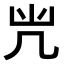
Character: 𠘽